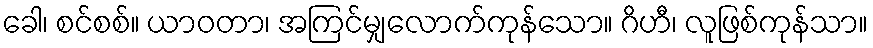
ခေါ၊ စင်စစ်။ ယာဝတာ၊ အကြင်မျှလောက်ကုန်သော။ ဂိဟီ၊ လူဖြစ်ကုန်သာ။